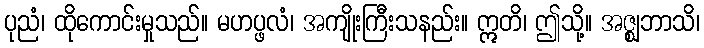
ပုညံ၊ ထိုကောင်းမှုသည်။ မဟပ္ဖလံ၊ အကျိုးကြီးသနည်း။ ဣတိ၊ ဤသို့။ အဇ္ဈဘာသိ၊